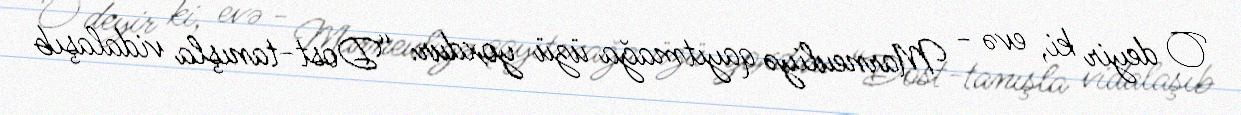
O deyir ki, evə - Marneuliyə qayıtmağa üzü yoxdur: “Dost-tanışla vidalaşıb